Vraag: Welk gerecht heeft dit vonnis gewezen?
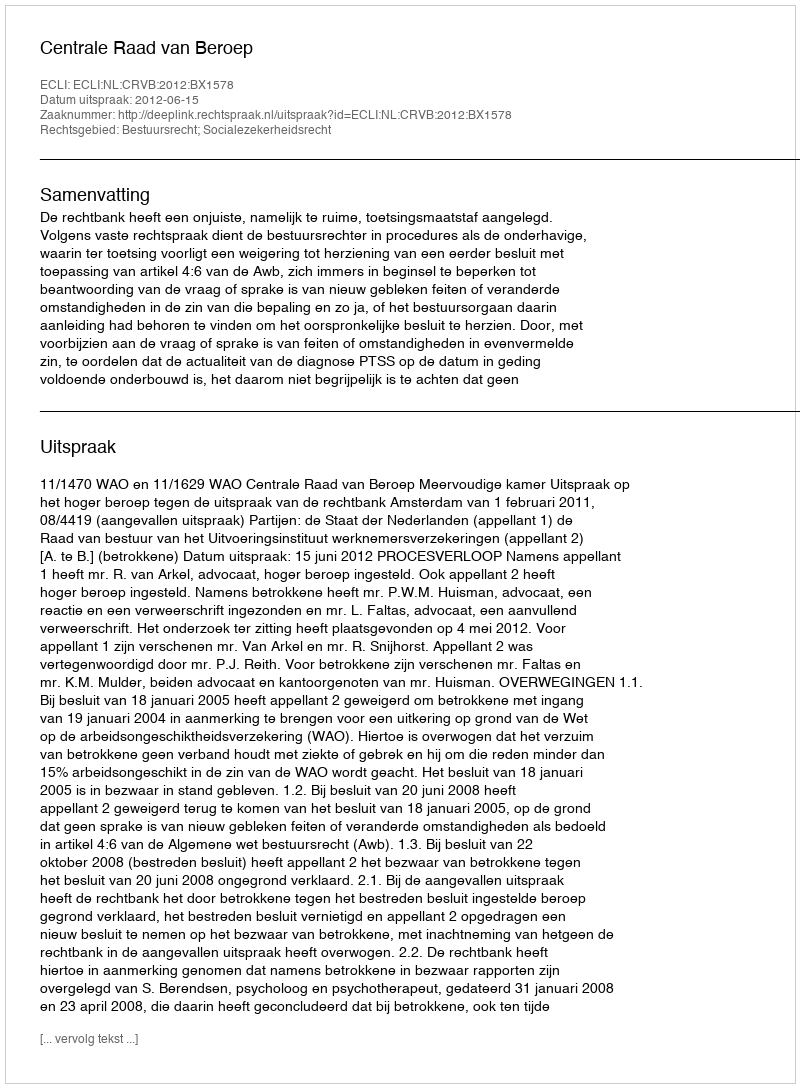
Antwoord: Centrale Raad van Beroep